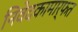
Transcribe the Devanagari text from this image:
निवेदकामार्फत